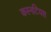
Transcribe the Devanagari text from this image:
कस्नटियस